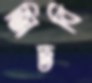
জিতবি